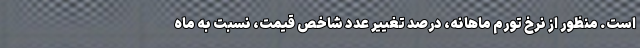
است. منظور از نرخ تورم ماهانه، درصد تغییر عدد شاخص قیمت، نسبت به ماه